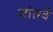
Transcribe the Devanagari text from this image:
सांतवे